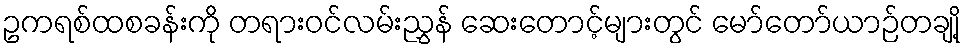
ဥကရစ်ထစခန်းကို တရားဝင်လမ်းညွှန် ဆေးတောင့်များတွင် မော်တော်ယာဉ်တချို့